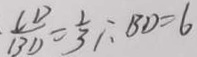
\frac { C D } { B D } = \frac { 1 } { 3 } \therefore B D = 6